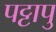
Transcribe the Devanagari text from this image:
पट्टापु